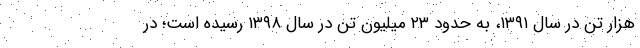
هزار تن در سال ۱۳۹۱، به حدود ۲۳ میلیون تن در سال ١٣٩٨ رسیده است؛ در